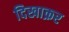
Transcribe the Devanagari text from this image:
दिखाक्रर